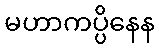
မဟာကပ္ပိနေန